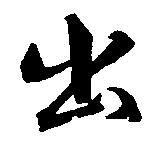
出